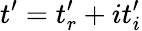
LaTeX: t^{\prime}=t_{r}^{\prime}+it_{i}^{\prime}